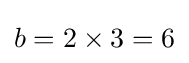
b=2\times 3=6